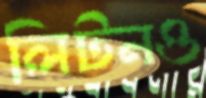
লিটনও